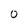
Character: 0